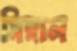
সিঙ্গাল